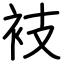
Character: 衼